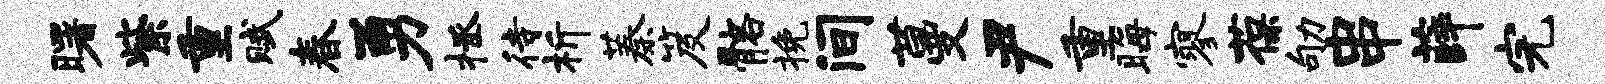
曙紫重赋春勇拯待析蓁笈髂挽间蔓尹重晦寥葆劬串薛完